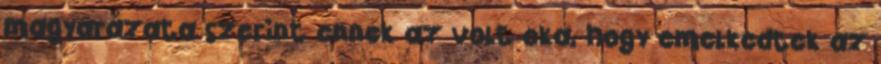
magyarázata szerint ennek az volt oka, hogy emelkedtek az